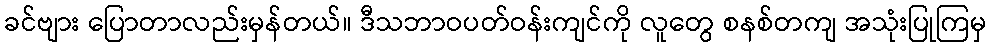
ခင်ဗျား ပြောတာလည်းမှန်တယ်။ ဒီသဘာဝပတ်ဝန်းကျင်ကို လူတွေ စနစ်တကျ အသုံးပြုကြမှ